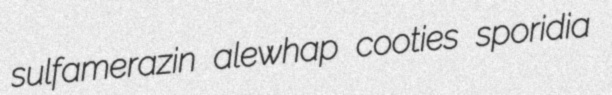
sulfamerazin alewhap cooties sporidia